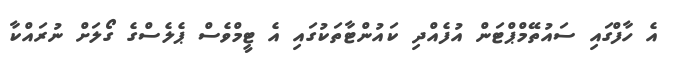
އެ ހާފްގައި ސައުތޭމްޕްޓަން އުފެއްދި ކައުންޓާތަކުގައި އެ ޓީމްވެސް ޕެލެސްގެ ގޯލަށް ނުރައްކާ